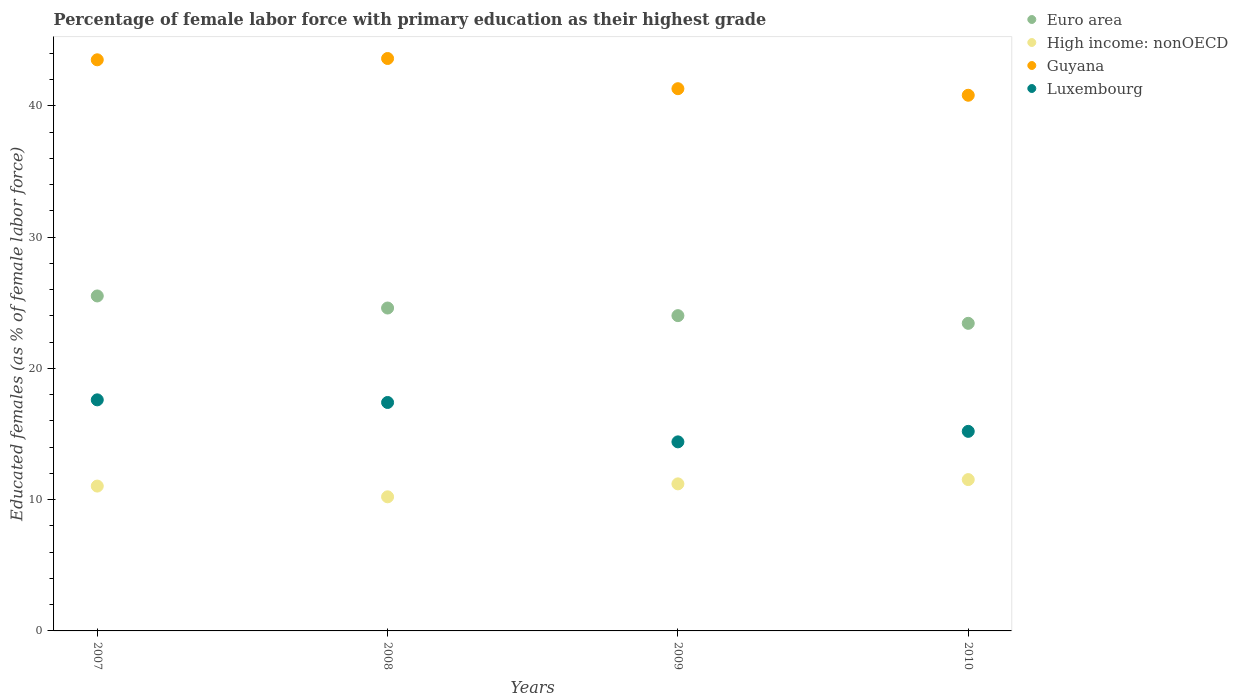
| Years | Euro area | High income: nonOECD | Guyana | Luxembourg |
 | --- | --- | --- | --- | --- |
 | 2007 | 25.5 | 11 | 43.5 | 17.6 |
 | 2008 | 24.6 | 10.2 | 43.6 | 17.4 |
 | 2009 | 24 | 11.2 | 41.3 | 14.4 |
 | 2010 | 23.4 | 11.5 | 40.8 | 15.2 |